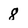
Character: 8